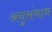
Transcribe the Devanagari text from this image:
अनुसंधाय